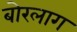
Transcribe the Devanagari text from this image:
बोरलाग